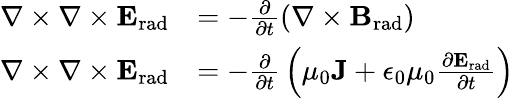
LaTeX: {\begin{array}{rl}{\nabla\times\nabla\times\mathbf{E}_{\mathrm{rad}}}&{=-{\frac{\partial}{\partial t}}(\nabla\times\mathbf{B}_{\mathrm{rad}})}\\ {\nabla\times\nabla\times\mathbf{E}_{\mathrm{rad}}}&{=-{\frac{\partial}{\partial t}}\left(\mu_{0}\mathbf{J}+\epsilon_{0}\mu_{0}{\frac{\partial\mathbf{E}_{\mathrm{rad}}}{\partial t}}\right)}\end{array}}